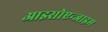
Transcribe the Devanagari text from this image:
आइसोएन्जाइम